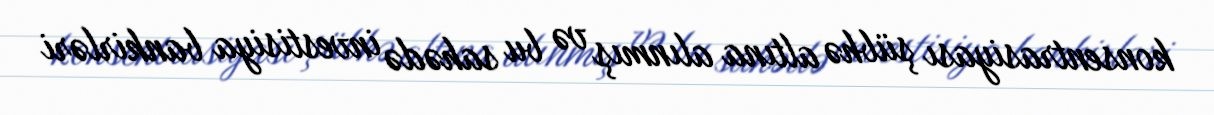
konsentrasiyası şübhə altına alınmış və bu sahədə investisiya bankirləri